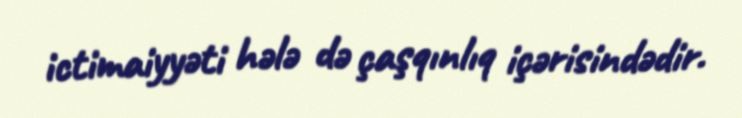
ictimaiyyəti hələ də çaşqınlıq içərisindədir.